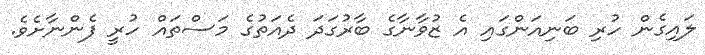
ލައިގެން ހުރި ބަނިއަންގައި އެ ޒުވާނާގެ ބާރުގަދަ ދެއަތުގެ މަސްތައް ހުރީ ފެންނާށެވެ.